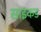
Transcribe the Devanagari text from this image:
साइकड